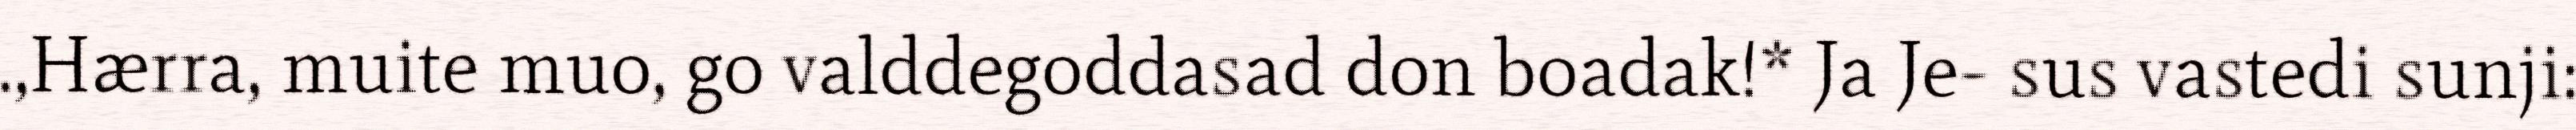
.,Hærra, muite muo, go valddegoddasad don boadak!* Ja Je- sus vastedi sunji: